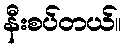
နီးစပ်တယ်။